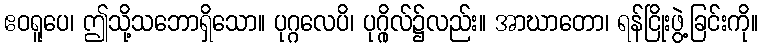
ဧဝရူပေ၊ ဤသို့သဘောရှိသော။ ပုဂ္ဂလေပိ၊ ပုဂ္ဂိုလ်၌လည်း။ အာဃာတော၊ ရန်ငြိုးဖွဲ့ခြင်းကို။